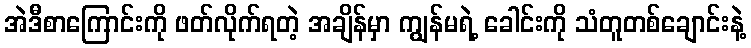
အဲဒီစာကြောင်းကို ဖတ်လိုက်ရတဲ့ အချိန်မှာ ကျွန်မရဲ့ ခေါင်းကို သံတူတစ်ချောင်းနဲ့